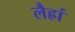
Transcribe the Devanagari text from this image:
लैह्रां